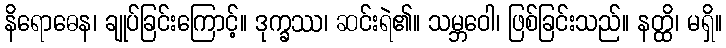
နိရောဓေန၊ ချုပ်ခြင်းကြောင့်။ ဒုက္ခဿ၊ ဆင်းရဲ၏။ သမ္ဘဝေါ၊ ဖြစ်ခြင်းသည်။ နတ္ထိ၊ မရှိ။